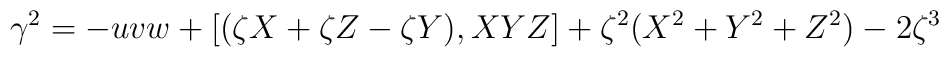
\gamma^2 =  - u v w +[(\zeta X+\zeta Z - \zeta Y),XYZ]+ \zeta^2(X^2+Y^2+Z^2) -2 \zeta^3